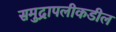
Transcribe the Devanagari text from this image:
समुद्रापलीकडील